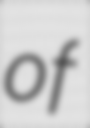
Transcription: of